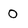
Character: 0